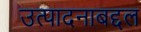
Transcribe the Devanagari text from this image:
उत्पादनाबद्दल